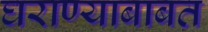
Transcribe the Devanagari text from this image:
घराण्याबाबत